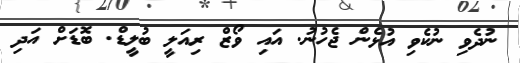
ނުދެވި ނުކެވި އުޅެން ޖެހުނު. އައި ވޯޒް ރިއަލީ ބުލީޑް. ބޮޑަށް އަދި